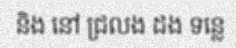
និង នៅ ជ្រលង ដង ទន្លេ